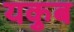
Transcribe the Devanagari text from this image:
यकुब